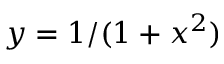
y = 1 / ( 1 + x ^ { 2 } )